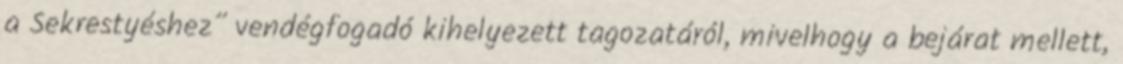
a Sekrestyéshez” vendégfogadó kihelyezett tagozatáról, mivelhogy a bejárat mellett,